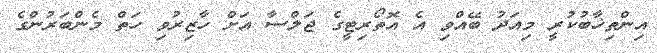
އިންތިޚާބުކުރީ މިއަދު ބޭއްވި އެ އޮތޯރިޓީގެ ޖަލްސާާ އަށް ހާޒިރުވި ހަތް މެންބަރުންގެ